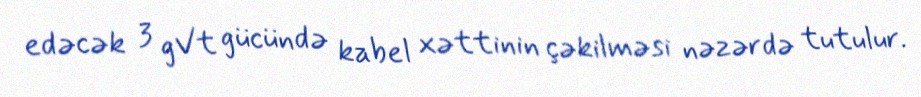
edəcək 3 gVt gücündə kabel xəttinin çəkilməsi nəzərdə tutulur.